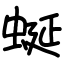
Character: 蜒